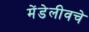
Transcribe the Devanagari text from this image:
मेंडेलीवचे